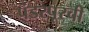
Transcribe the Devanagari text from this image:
पंडरपूरची